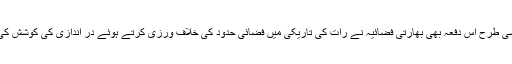
اسی طرح اس دفعہ بھی بھارتی فضائیہ نے رات کی تاریکی میں فضائی حدود کی خلاف ورزی کرتے ہوئے در اندازی کی کوشش کی۔